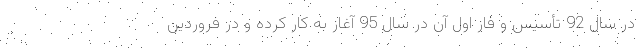
در سال 92 تأسیس و فاز اول آن در سال 95 آغاز به کار کرده و در فروردین